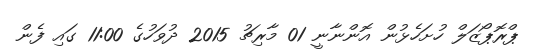
ޕްރޮޕޯޒަލް ހުށަހެޅުން އޮންނާނީ 01 މާރިޗު 2015 ދުވަހުގެ 11:00 ގައި ފެން